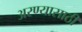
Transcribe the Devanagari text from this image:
अरण्यासाठी